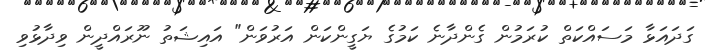
ގަދައަޅާ މަސައްކަތް ކުރަމުން ގެންދާނެ ކަމުގެ ޔަގީންކަން އަރުވަން" އައިޝަތު ނޫރައްދީން ވިދާޅުވި